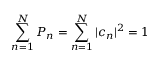
\sum _ { n = 1 } ^ { N } P _ { n } = \sum _ { n = 1 } ^ { N } | c _ { n } | ^ { 2 } = 1